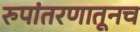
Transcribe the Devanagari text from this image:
रुपांतरणातूनच